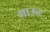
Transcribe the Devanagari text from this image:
गाऊट